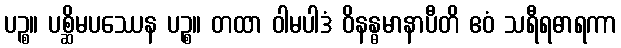
ပဉ္စ။ ပစ္ဆိမပဿေန ပဉ္စ။ တထာ ဝါမပါဒံ ဝိနန္ဓမာနာပီတိ ဧဝံ သရီရဓာရကာ